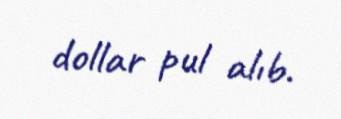
dollar pul alıb.